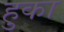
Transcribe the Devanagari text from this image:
हुका